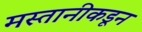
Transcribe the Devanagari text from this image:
मस्तानीकडून